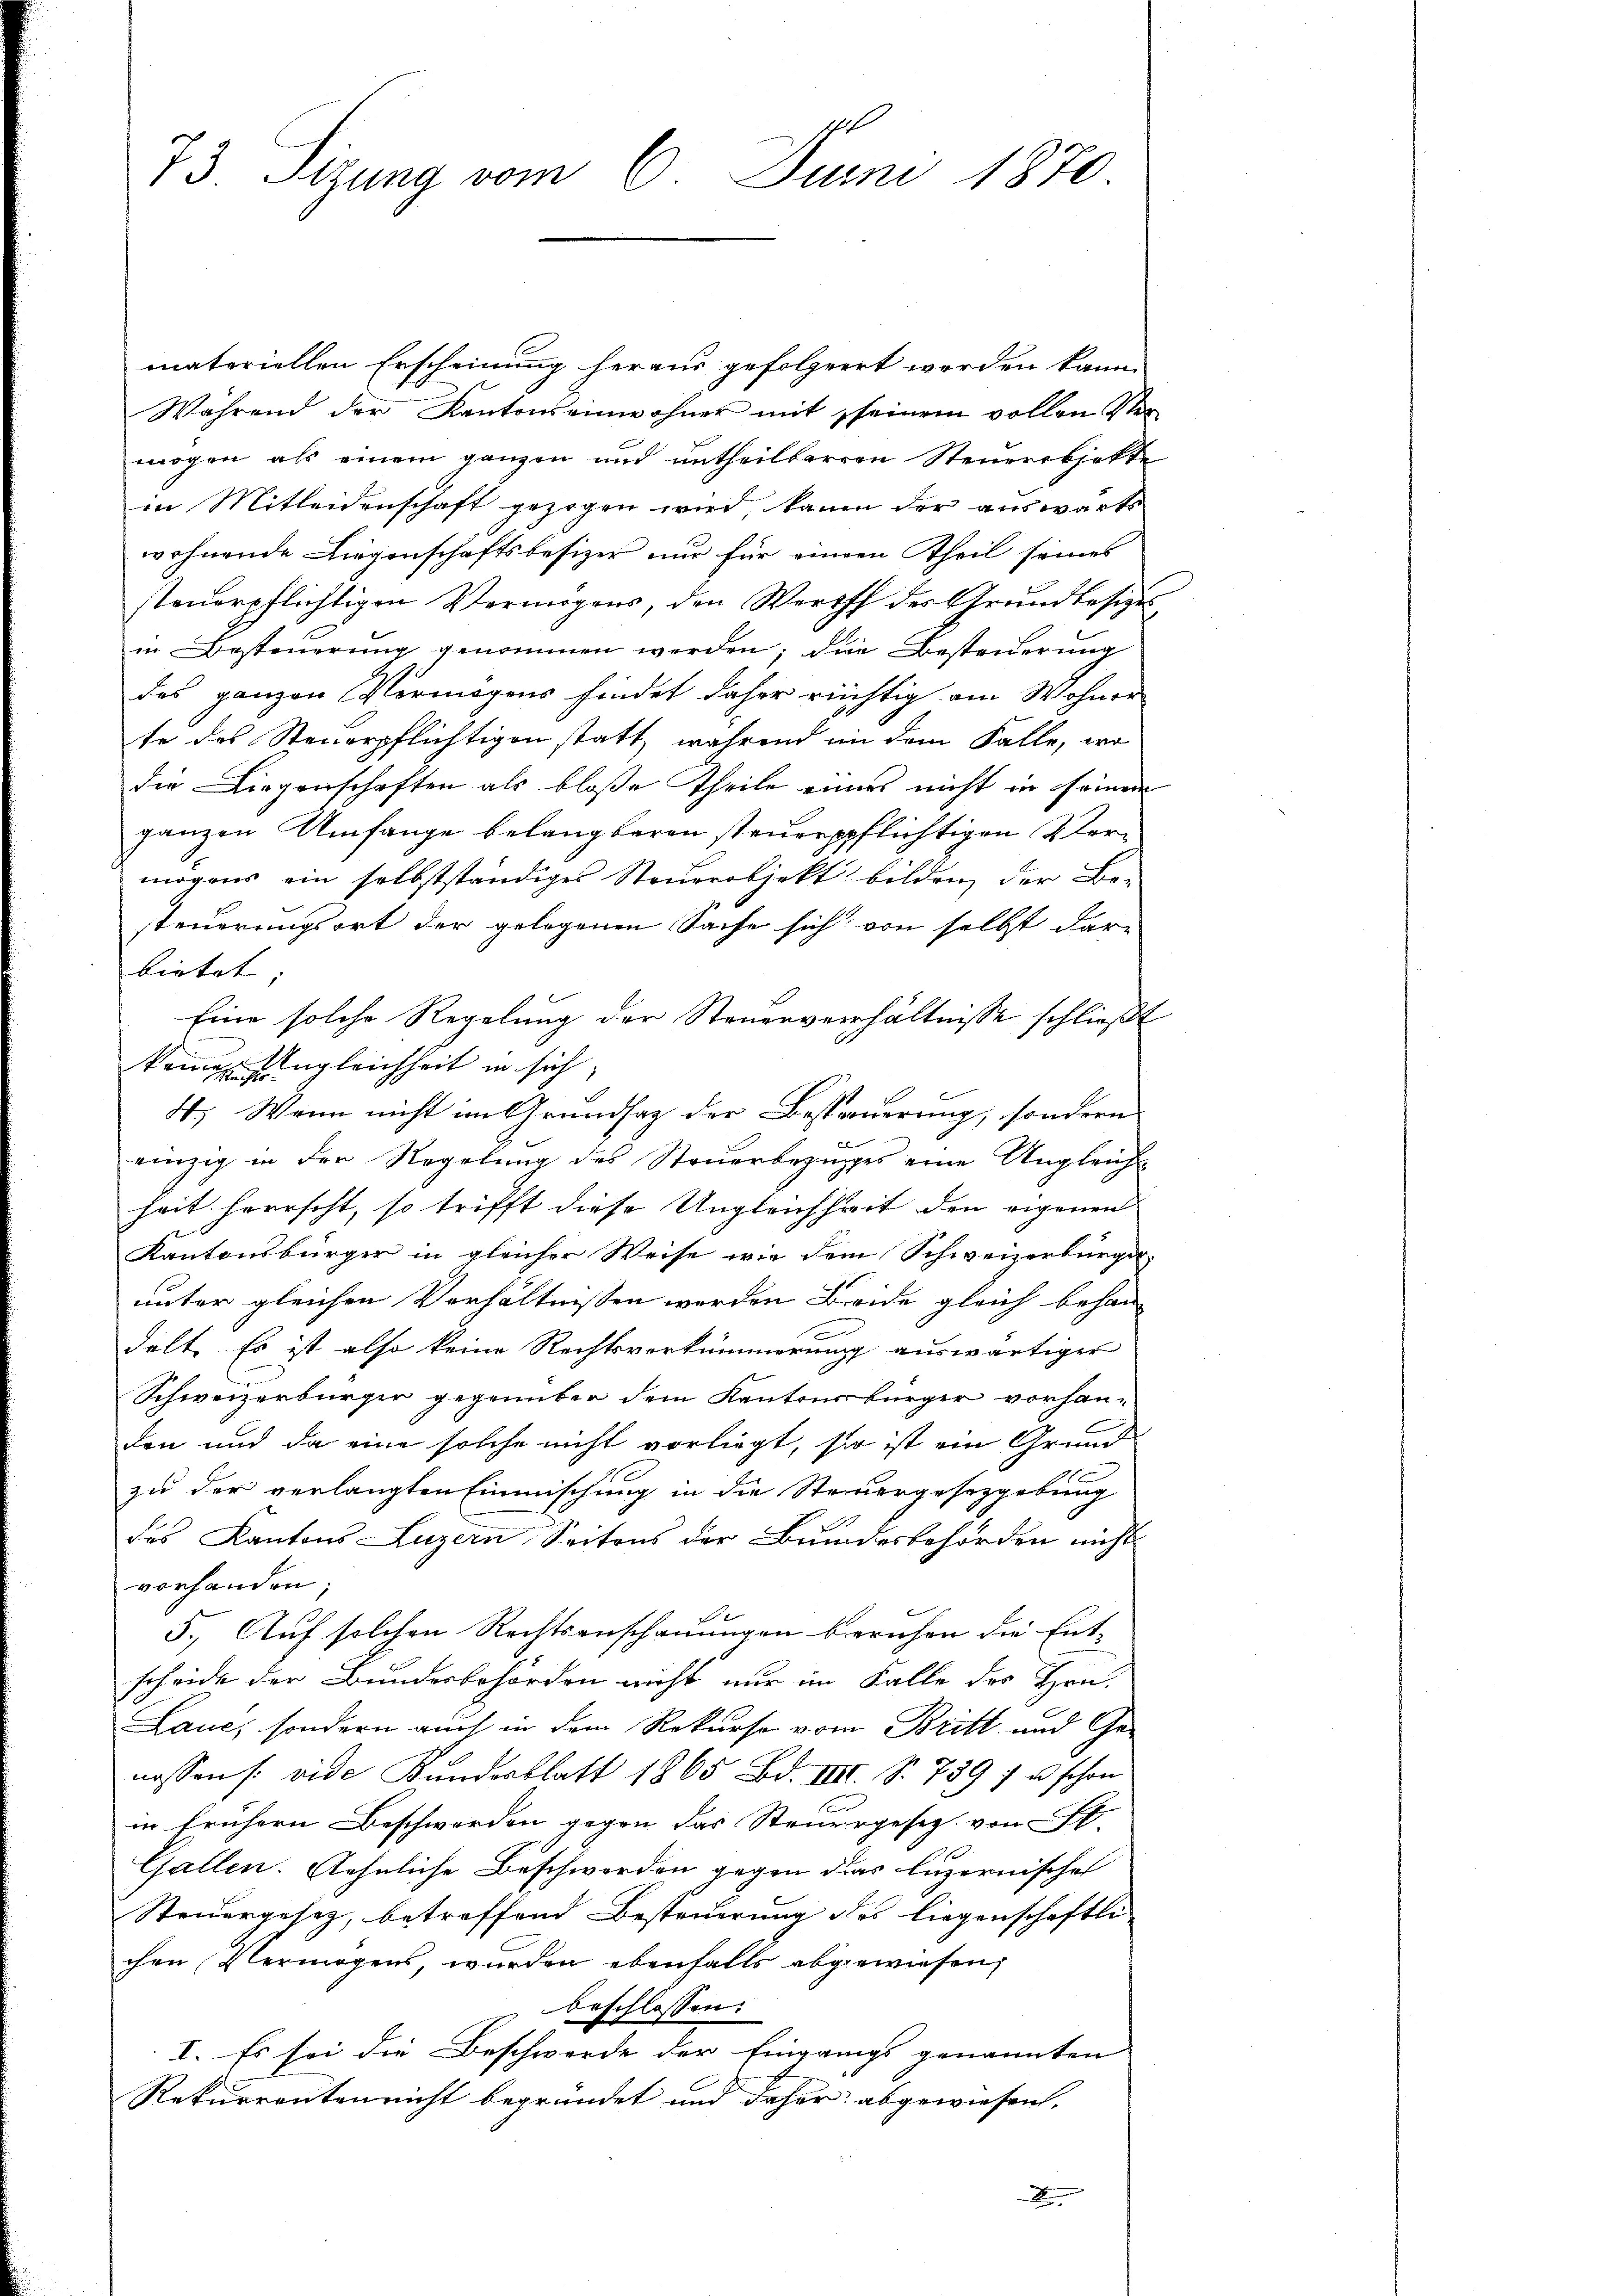
73 Stzung vom 6. Juni 1870.

materiellen Erscheinung heraus gefolgert werden kann.
Während der Kantonseinwohner mit seinem vollen Ver-
mögen als einem ganzen und untheilbarren Steuerobjekte
in Mitleidenschaft gezogen wird, kanen der auswärts
wohnende Liegenschaftsbesizer nur für einem Theil seines
steuerpflichtigen Vermögens, den Werth der Grundbesizes
in Besteuerung genommen werden; die Besteuerung
des ganzen Vermögens findet daher richtig am Wohner
te des Steuerpflichtigen statt, während in dem Falle, wo
die Liegenschaften als bloße Theile einers nicht in seinem
ganzen Umfange belangbaren steuerppflichtigen Vermögens ein selbstständiges Steuerobjekt bilden, der Be-
steuerungsort der gelegenen Sache sich von selbst dar-
bietet |
Eine solche Regelung der Steuerverhältnisse schließt
keinen Ungleichheit in sich
4.) Wann nicht im Grundsaz der Besteuerung, sondern
einzig in den Regelŭng des Steŭerbezuges eine Ungleich-
heit herrscht, so trifft diese Ungleichheit den eigenen
Kantonsbürger in gleicher Weise wie dem Schweizerbürger
unter gleichen Verhältnissen werden Beide gleich behan
delt. Es ist also keine Rechtsverkümmerung auswärtiger
Schweizerbürger gegenüber dem Kantonsbürger vorhanden und da eine solche nicht vorliegt, so ist ein Grund
zu der verlangten Einmischung in die Steuergesetzgebung
des Kantons Luzern Seitens der Bundesbehörden nicht
vorhanden;
5. Auf solchen Rechtsanschauungen beruhen die Entscheide der Bundesbehörden nicht nur im Falle des Hrn.
Laue, sondern auch in dem Rekurse vom Britt und Ge-
nossen /: vide Kundesblatt 1865 Bd. IIII. S. 739 u. schon
in frühern Beschwerden gegen das Steuergesetz von St.
Gallen. Aehnliche Beschworden gegen das luzernisches
Steuergesetz, betreffend Besteuerung des liegenschaftli-
chen Vermögens, wurden ebenfalls abgewiesen,
beschlossen:
I. Es sei die Beschwerde der Eingangs genannten
Rekurrenten nicht begründet und daher abgewiesen.
F